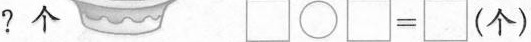
？个 \square \bigcirc \square=\square（个)